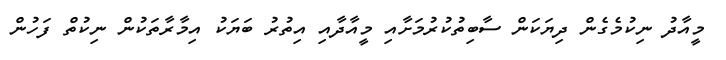
މީއާދު ނިކުމެގެން ދިޔަކަން ސާބިތުކުރުމަށާއި މީއާދާއި އިތުރު ބަޔަކު އިމާރާތަކުން ނިކުތް ފަހުން